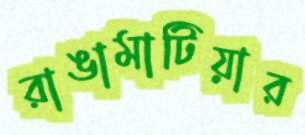
রাঙামাটিয়ার